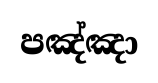
පඤ්ඤා